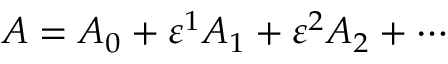
A = A _ { 0 } + \varepsilon ^ { 1 } A _ { 1 } + \varepsilon ^ { 2 } A _ { 2 } + \cdots